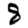
Digit: 8